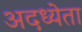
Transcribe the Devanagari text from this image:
अदध्येता